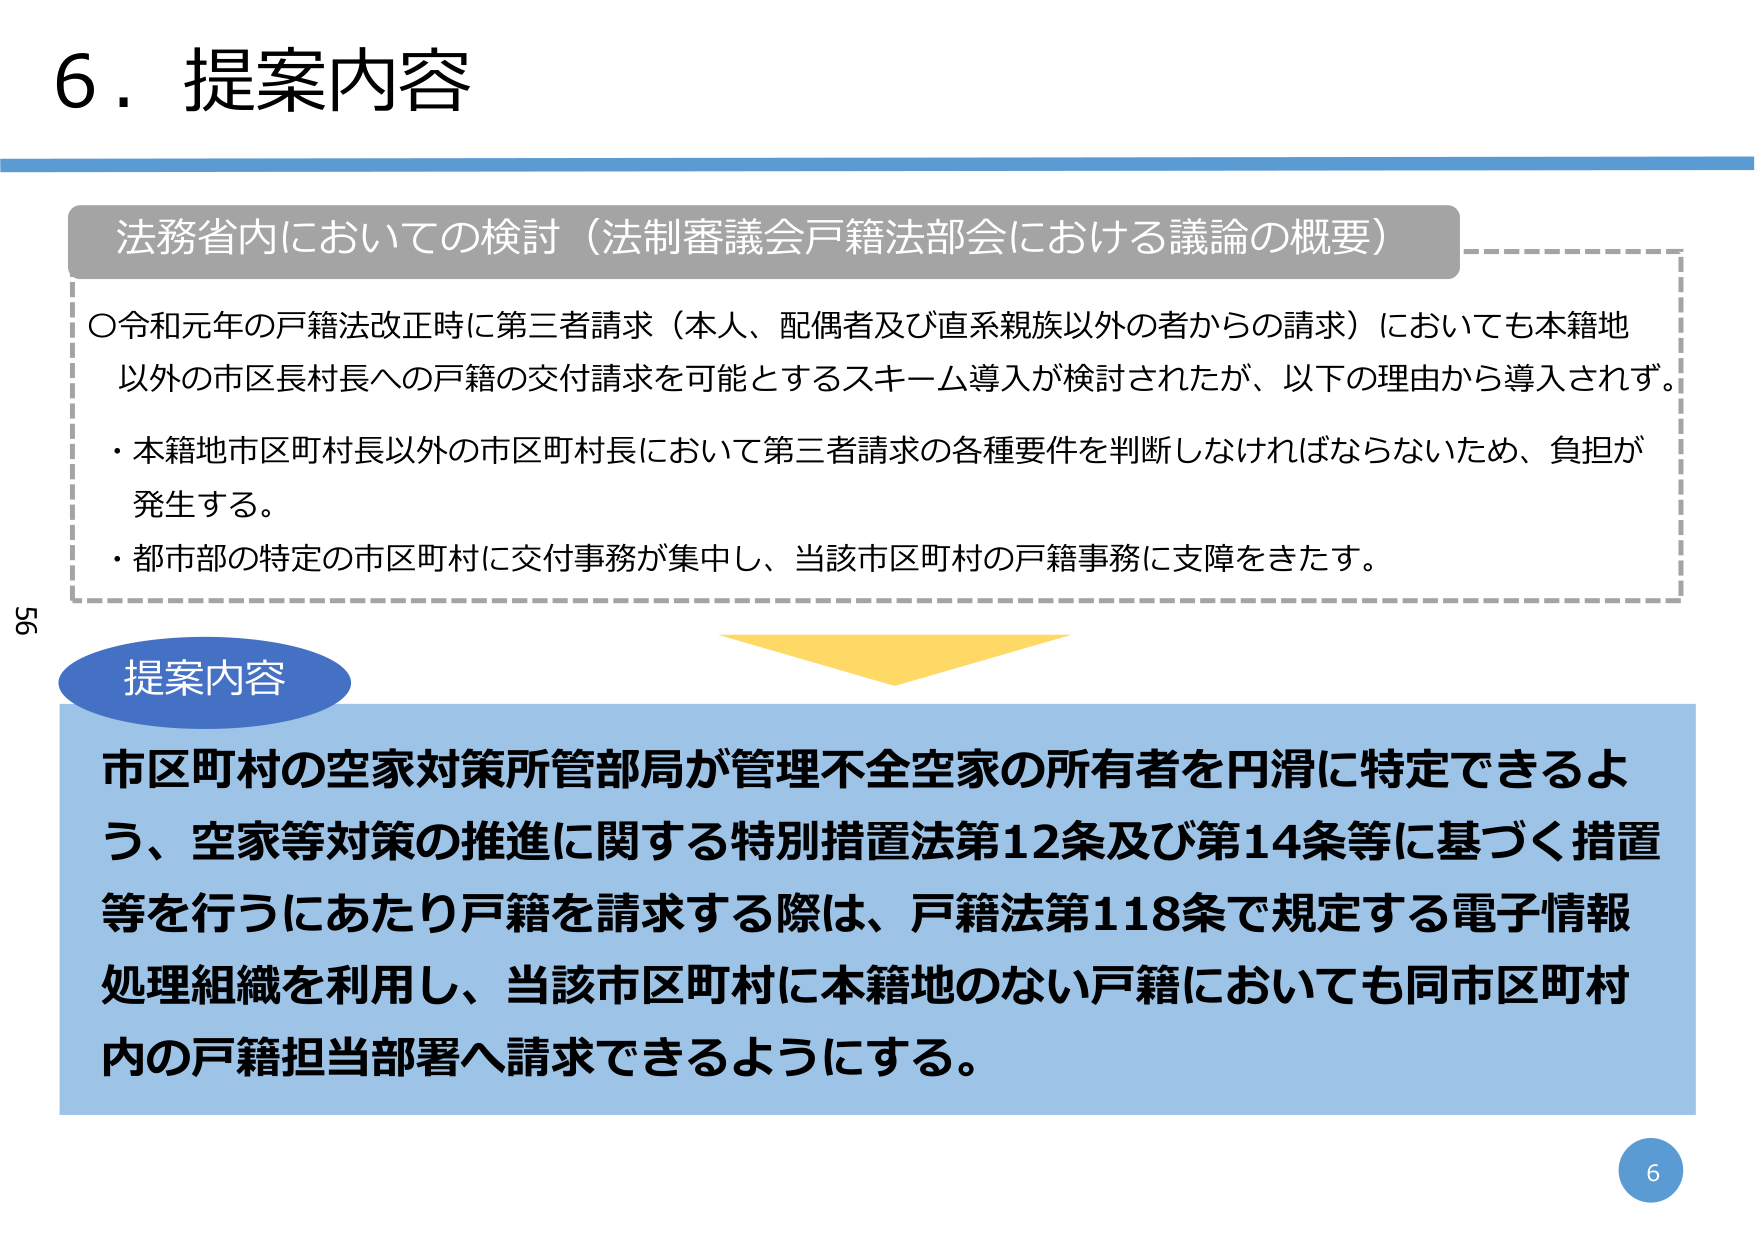
6．提案内容

法務省内においての検討（法制審議会戸籍法部会における議論の概要）

○令和元年の戸籍法改正時に第三者請求（本人、配偶者及び直系親族以外の者からの請求）においても本籍地以外の市区長村長への戸籍の交付請求を可能とするスキーム導入が検討されたが、以下の理由から導入されず。
・本籍地市区町村長以外の市区町村長において第三者請求の各種要件を判断しなければならないため、負担が発生する。
・都市部の特定の市区町村に交付事務が集中し、当該市区町村の戸籍事務に支障をきたす。

提案内容

市区町村の空家対策所管部局が管理不全空家の所有者を円滑に特定できるよう、空家等対策の推進に関する特別措置法第12条及び第14条等に基づく措置等を行うにあたり戸籍を請求する際は、戸籍法第118条で規定する電子情報処理組織を利用し、当該市区町村に本籍地のない戸籍においても同市区町村内の戸籍担当部署へ請求できるようにする。

56
6